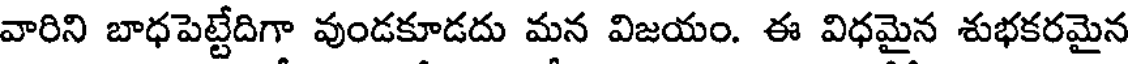
వారిని బాధపెట్టేదిగా వుండకూడదు మన విజయం. ఈ విధమైన శుభకరమైన